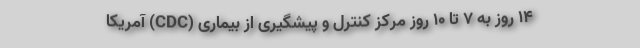
۱۴ روز به ۷ تا ۱۰ روز مرکز کنترل و پیشگیری از بیماری (CDC) آمریکا